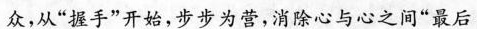
众，从”握手”开始，步步为营，消除心与心之间”最后